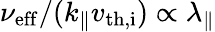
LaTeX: \nu_{\mathrm{eff}}/(k_{\parallel}v_{\mathrm{th,i}})\propto\lambda_{\parallel}